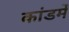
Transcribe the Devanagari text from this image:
कांडमें